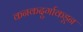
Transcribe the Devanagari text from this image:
कनकदुर्गाकडून